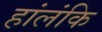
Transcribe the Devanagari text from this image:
हांलंकि